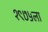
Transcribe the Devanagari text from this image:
१९७५ला